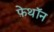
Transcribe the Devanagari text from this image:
फ़ेथॉन